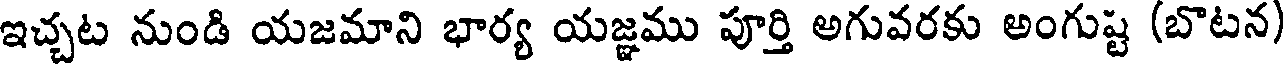
ఇచ్చట నుండి యజమాని భార్య యజ్ఞము పూర్తి అగువరకు అంగుష్ట (బొటన)